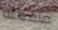
مافعله